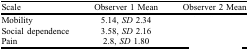
<table><thead><tr><td><b>Scale </b></td><td><b>Observer 1 Mean </b></td><td><b>Observer 2 Mean </b></td></tr></thead><tbody><tr><td>Mobility</td><td>5.14, <i>SD</i> 2.34</td><td>[EMPTY_CELL]</td></tr><tr><td>Social dependence </td><td>3.58, <i>SD</i> 2.16</td><td>[EMPTY_CELL]</td></tr><tr><td>Pain</td><td>2.8, <i>SD</i> 1.80</td><td>[EMPTY_CELL]</td></tr></tbody></table>